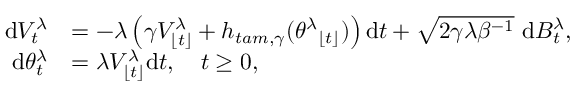
\begin{array} { r l } { \mathrm { d } { V } _ { t } ^ { \lambda } } & { = - \lambda \left( \gamma { V } _ { \lfloor t \rfloor } ^ { \lambda } + h _ { t a m , \gamma } ( { \theta ^ { \lambda } } _ { \lfloor t \rfloor } ) \right) \mathrm { d } t + \sqrt { 2 \gamma \lambda \beta ^ { - 1 } } \mathrm { ~ d } B _ { t } ^ { \lambda } , } \\ { \mathrm { d } { \theta } _ { t } ^ { \lambda } } & { = \lambda { V } _ { \lfloor t \rfloor } ^ { \lambda } \mathrm { d } t , \quad t \geq 0 , } \end{array}